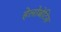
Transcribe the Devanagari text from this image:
हेलोबेटिस